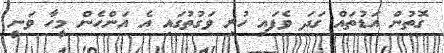
ގޮތުން އަޑުތައް ގަދަ ވެފައި ހުރި ވަގުތުގައި އެ އަންހެން މީހާ ވަނީ